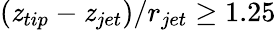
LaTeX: \left(\mathit{z}_{tip}-\mathit{z}_{jet}\right)/r_{jet}\geq1.25